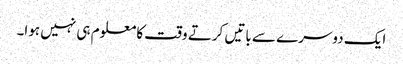
ایک دوسرے سے باتیں کرتے وقت کا معلوم ہی نہیں ہوا۔